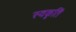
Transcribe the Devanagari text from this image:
स्वकृतिं